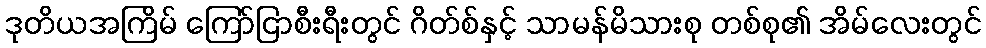
ဒုတိယအကြိမ် ကြော်ငြာစီးရီးတွင် ဂိတ်စ်နှင့် သာမန်မိသားစု တစ်စု၏ အိမ်လေးတွင်